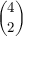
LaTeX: \binom { 4 } { 2 }